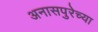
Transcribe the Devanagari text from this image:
अनासपुरेच्या